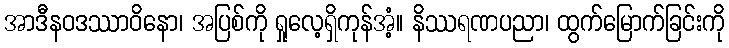
အာဒီနဝဒဿာဝိနော၊ အပြစ်ကို ရှုလေ့ရှိကုန်အံ့။ နိဿရဏပညာ၊ ထွက်မြောက်ခြင်းကို